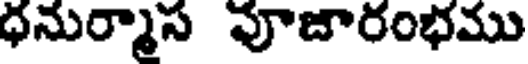
ధనుర్మాస వూజారంభము